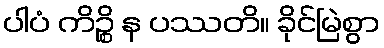
ပါပံ ကိဉ္စိ န ပဿတိ။ ခိုင်မြဲစွာ